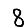
Digit: 8